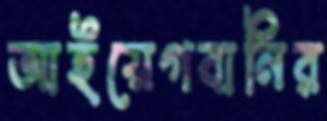
আইয়েগবানির